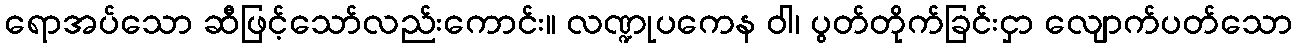
ရောအပ်သော ဆီဖြင့်သော်လည်းကောင်း။ လဏ္ဍုပကေန ဝါ၊ ပွတ်တိုက်ခြင်းငှာ လျောက်ပတ်သော